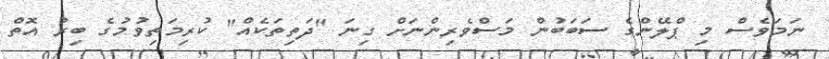
ނަމަވެސް މި ޕްލޭންގެ ސަބަބުން މަސްވެރިންނަށް ގިނަ "ދަތިތަކެއް" ކުރިމަތިވުމުގެ ބިރު އޮތް